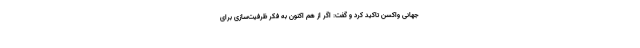
جهانی واکسن تاکید کرد و گفت: اگر از هم اکنون به فکر ظرفیت‌سازی برای